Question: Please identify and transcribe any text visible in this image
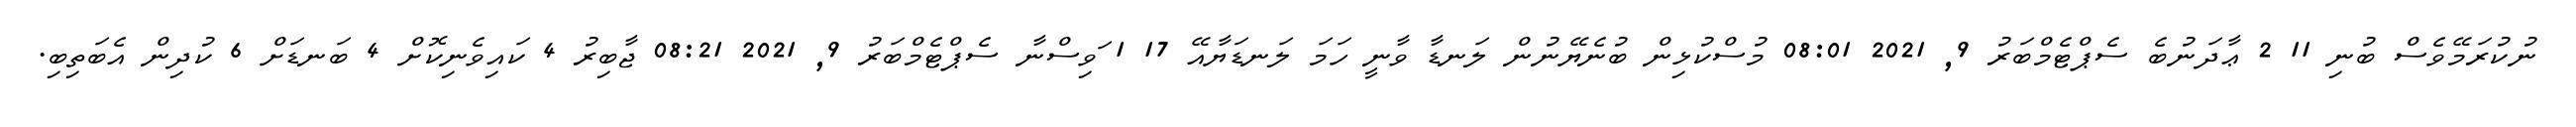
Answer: ނުކުރަމޭވެސް ބުނި 11 2 ޢާދަނުބެ ސެޕްޓެމްބަރު 9, 2021 08:01 މުސްކުޅިން ބުނެޔޭނުން ލަނޑާ ވާނީ ހަމަ ލަނޑަޔާއޭ 17 1 ަވިސްނާ ސެޕްޓެމްބަރު 9, 2021 08:21 ޖާބިރު 4 ކައިވެނިކޮށް 4 ބަނޑަށް 6 ކުދިން އެބަތިބި.